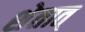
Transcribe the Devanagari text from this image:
शेतात्